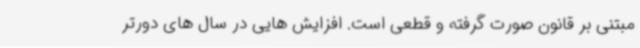
مبتنی بر قانون صورت گرفته و قطعی است. افزایش هایی در سال های دورتر